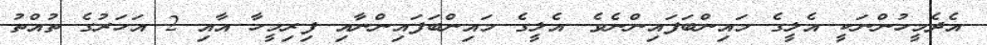
އެދެމީހުންނަކީ އެލީގެ މައިންބަފައިންނެވެ. އެލީގެ މައިންބަފައިންނާއި ފިރިމީހާ އާއި 2 އަހަރުގެ ތުއްތު